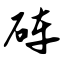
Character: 砗